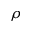
\rho